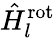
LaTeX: \hat{H}_{l}^{\mathrm{rot}}